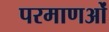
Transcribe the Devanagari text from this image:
परमाणओं